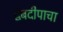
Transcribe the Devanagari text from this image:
द्वंबदीपाचा